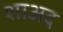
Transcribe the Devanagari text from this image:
शाअद